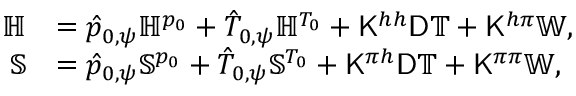
\begin{array} { r l } { \mathbb { H } } & { = \hat { p } _ { 0 , \psi } \mathbb { H } ^ { p _ { 0 } } + \hat { T } _ { 0 , \psi } \mathbb { H } ^ { T _ { 0 } } + \mathsf { K } ^ { h h } \mathsf { D } \mathbb { T } + \mathsf { K } ^ { h \pi } \mathbb { W } , } \\ { \mathbb { S } } & { = \hat { p } _ { 0 , \psi } \mathbb { S } ^ { p _ { 0 } } + \hat { T } _ { 0 , \psi } \mathbb { S } ^ { T _ { 0 } } + \mathsf { K } ^ { \pi h } \mathsf { D } \mathbb { T } + \mathsf { K } ^ { \pi \pi } \mathbb { W } , } \end{array}